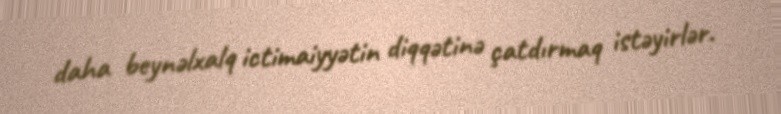
daha beynəlxalq ictimaiyyətin diqqətinə çatdırmaq istəyirlər.